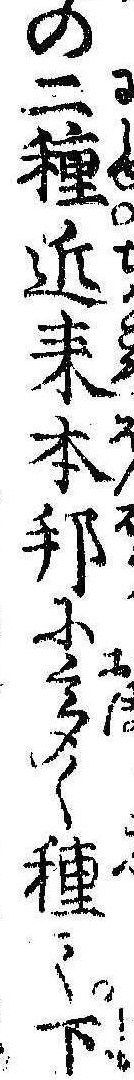
の二種近来本邦に多く種て下